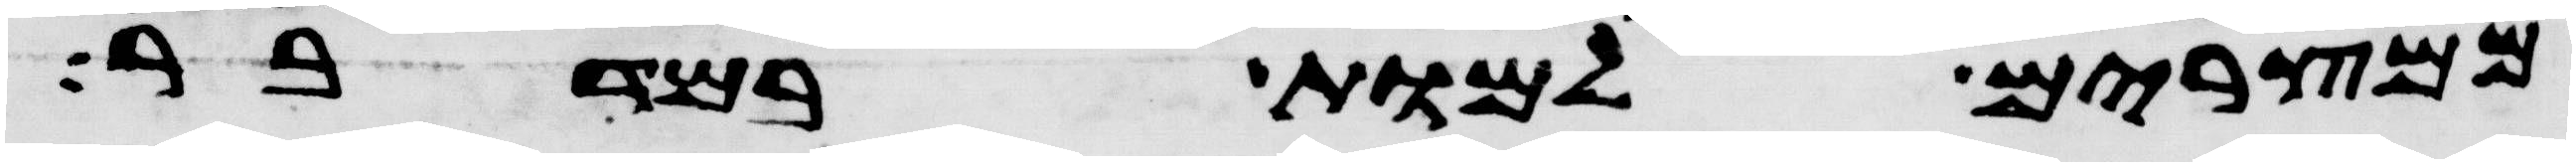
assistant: ממצרים למות במדבר